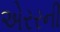
એરરની